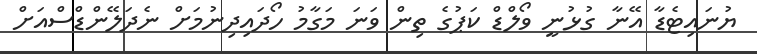
ޔުނައިޓެޑާ އޭނާ ގުޅުނީ ވޯލްޑް ކަޕުގެ ތިން ވަނަ މަގާމު ހޯދައިދިނުމަށް ނެދަލޭންޑްސްއަށް